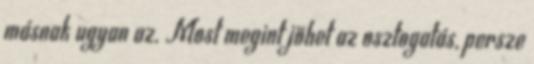
másnak ugyan az. Most megint jöhet az osztogatás, persze